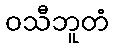
ဝသီဘူတံ